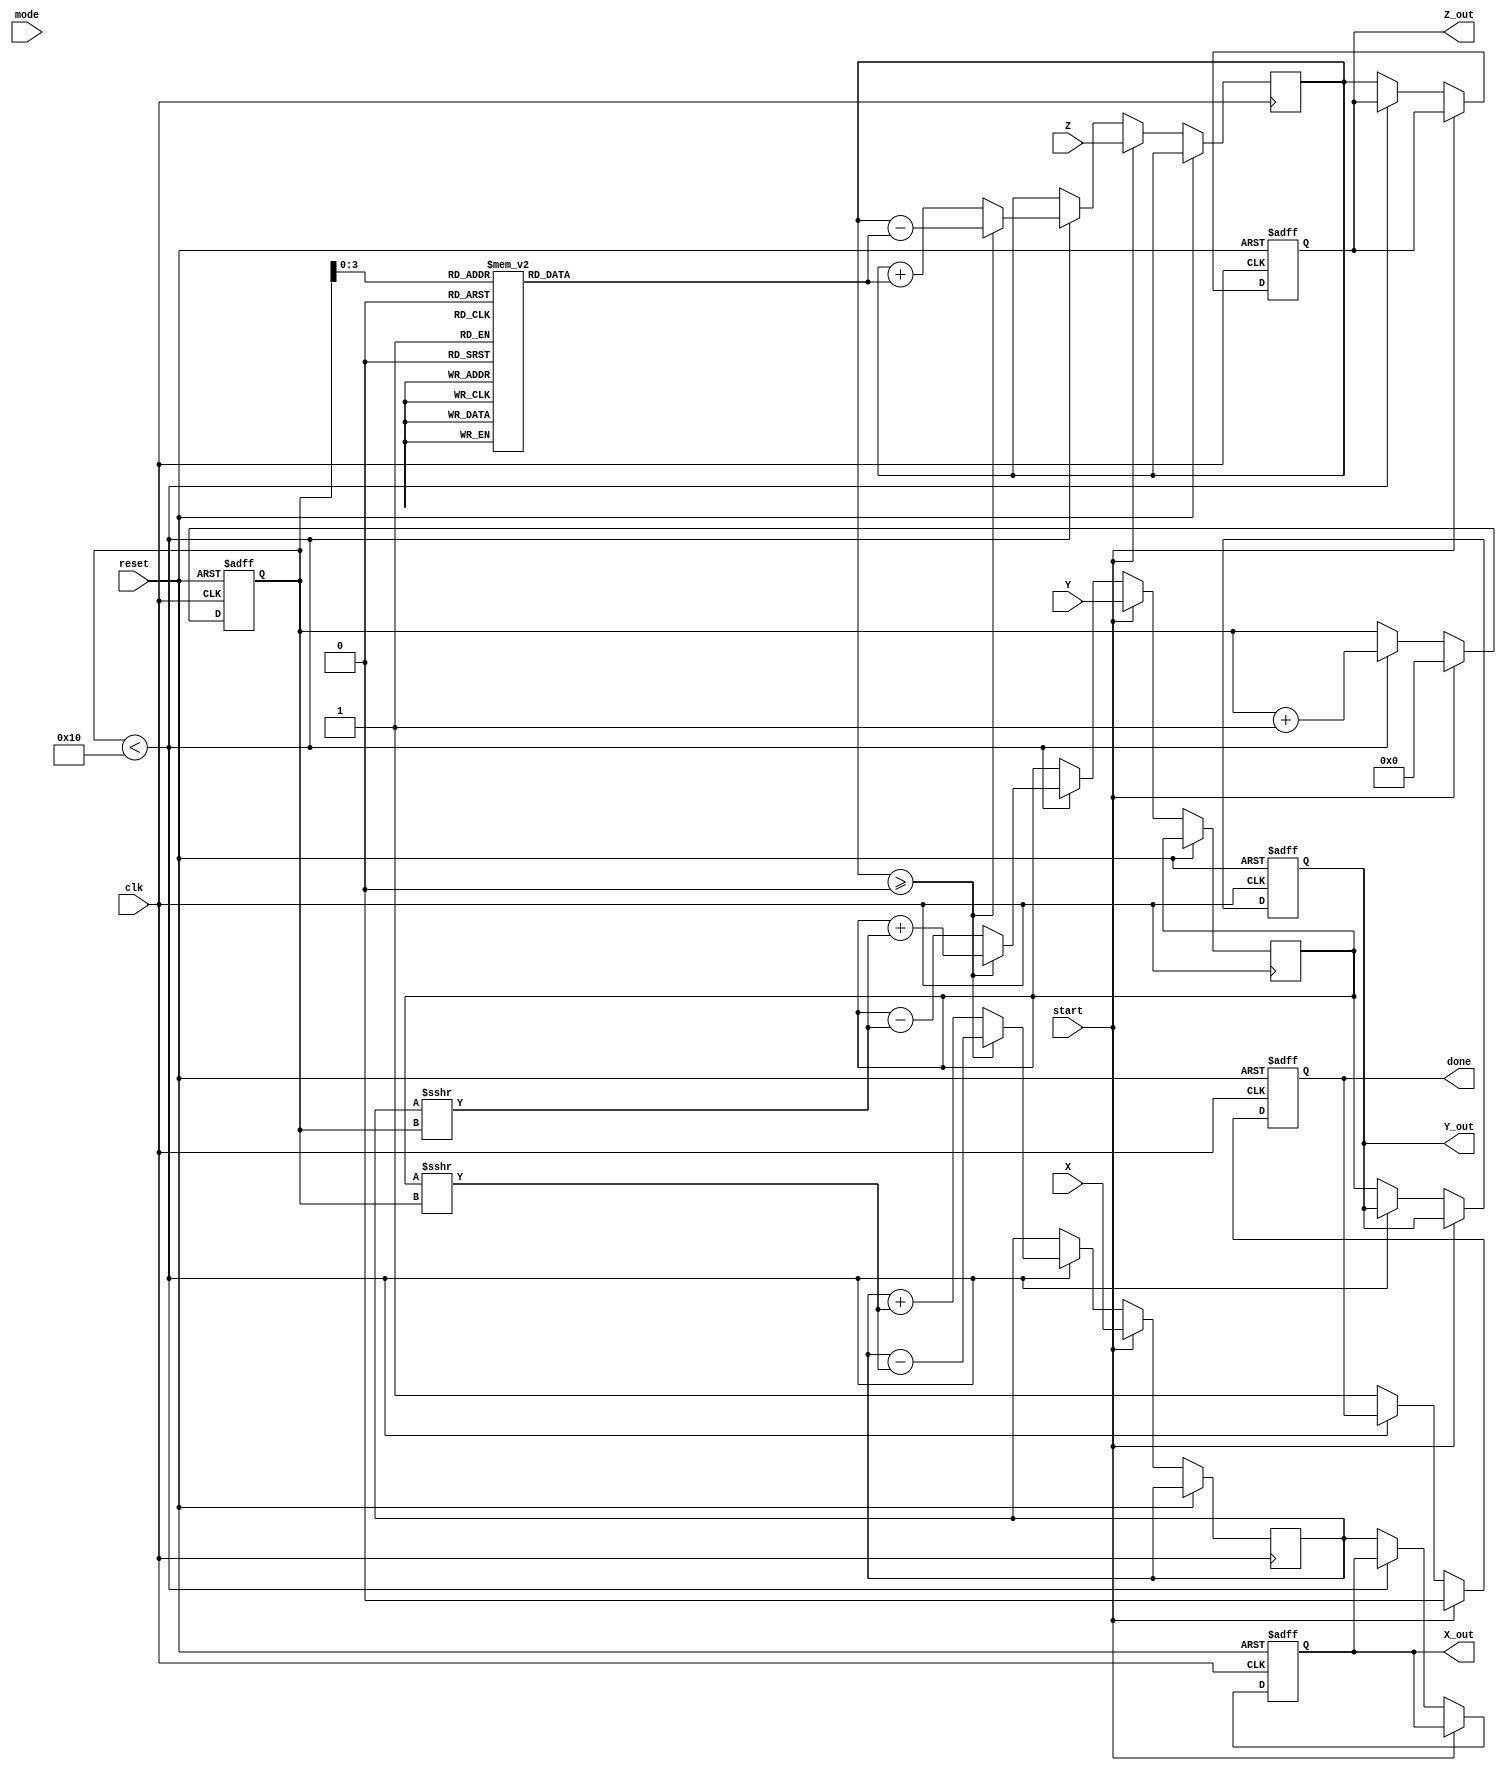
module cordic(
    input wire clk,
    input wire reset,
    input wire [15:0] X,       // Input X-coordinate (fixed-point, 16 bits)
    input wire [15:0] Y,       // Input Y-coordinate (fixed-point, 16 bits)
    input wire [15:0] Z,       // Input angle (fixed-point, 16 bits)
    input wire [1:0] mode,     // Control signal for operation mode
    input wire start,          // Signal to start computation
    output reg [15:0] X_out,   // Output X-coordinate (fixed-point)
    output reg [15:0] Y_out,   // Output Y-coordinate (fixed-point)
    output reg [15:0] Z_out,   // Output angle or other result
    output reg done            // Completion signal
);

    // CORDIC parameters
    parameter NUM_ITERATIONS = 16;
    reg [15:0] atan_table [0:NUM_ITERATIONS-1]; // Lookup table for arctangent values
    reg [15:0] x_reg, y_reg, z_reg;
    reg [4:0] iter; // Iteration counter

    // Initialize arctangent lookup table
    initial begin
        // Populate atan_table with fixed-point values of arctan(2^-i) for i=0 to NUM_ITERATIONS-1
        atan_table[0] = 16'h2000; // atan(1) in fixed-point (/4)
        atan_table[1] = 16'h12C4; // atan(0.5) in fixed-point
        atan_table[2] = 16'h09FB; // atan(0.25) in fixed-point
        // Populate other values...
        // ...
    end

    // State control
    always @(posedge clk or posedge reset) begin
        if (reset) begin
            iter <= 0;
            X_out <= 0;
            Y_out <= 0;
            Z_out <= 0;
            done <= 0;
        end else if (start) begin
            x_reg <= X;
            y_reg <= Y;
            z_reg <= Z;
            iter <= 0;
            done <= 0;
        end else if (iter < NUM_ITERATIONS) begin
            // CORDIC iteration logic
            if (z_reg >= 0) begin
                // Rotate counterclockwise
                x_reg <= x_reg - (y_reg >>> iter);
                y_reg <= y_reg + (x_reg >>> iter);
                z_reg <= z_reg - atan_table[iter];
            end else begin
                // Rotate clockwise
                x_reg <= x_reg + (y_reg >>> iter);
                y_reg <= y_reg - (x_reg >>> iter);
                z_reg <= z_reg + atan_table[iter];
            end
            iter <= iter + 1;
        end else begin
            // Completion state
            X_out <= x_reg;
            Y_out <= y_reg;
            Z_out <= z_reg; // This might represent the final angle or other results
            done <= 1;
        end
    end

endmodule